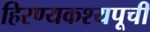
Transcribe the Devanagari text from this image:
हिरण्यकश्यपूची